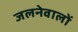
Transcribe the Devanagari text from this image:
जलनेवालों